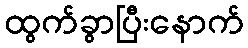
ထွက်ခွာပြီးနောက်